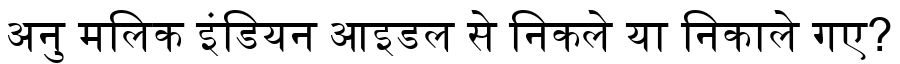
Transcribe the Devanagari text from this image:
अनु मलिक इंडियन आइडल से निकले या निकाले गए?